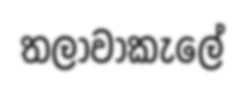
තලාවාකැලේ